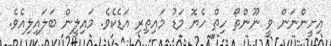
އިށީންނަން ވީ ނޫންތޯ ހިތް ހެޔޮ މަޑު މައިތިރި އަޑެކެވެ. މައިލީން ބަލައިލިއެވެ.